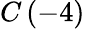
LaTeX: C\left(-4\right)